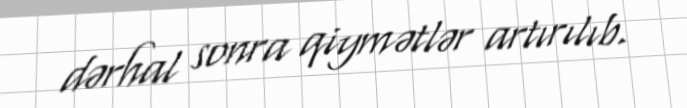
dərhal sonra qiymətlər artırılıb.